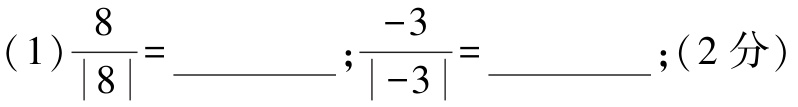
(1)$\frac{8}{|8|}=\underline{1}$;$\frac{-3}{|-3|}=\underline{-1}$;